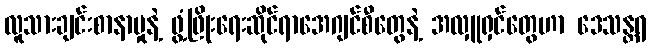
လူသားချင်းစာနာမှုနဲ့ ဖွံ့ဖြိုးရေးဆိုင်ရာအေဂျင်စီတွေနဲ့ အလှူရှင်တွေဟာ ဒေသန္တရ